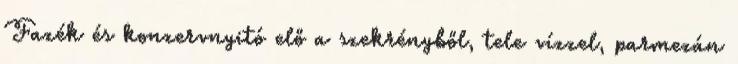
Fazék és konzervnyitó elő a szekrényből, tele vízzel, parmezán